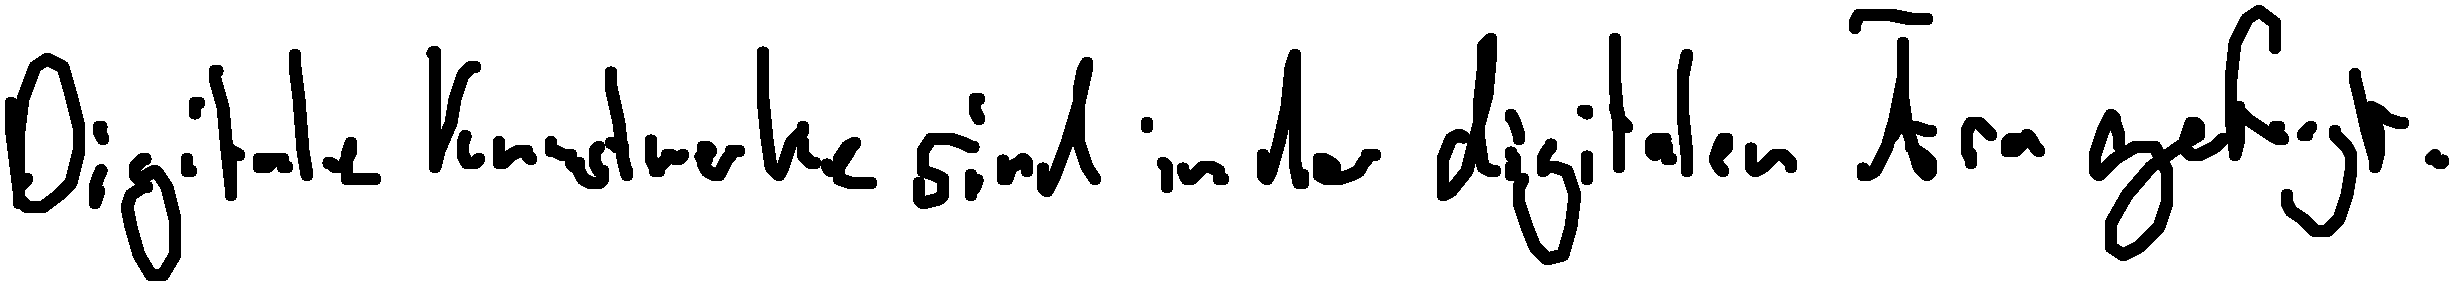
Digitale Kunstwerke sind in der digitalen Ära gefragt.